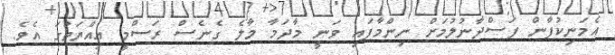
އެމަނިކުފާން ފަސްދާނުލުމަށް ނިންމާފައި ވަނީ މާދަމާ މާލެ ގެނެސް ރަސްމީ އިއްޔަތުގަ އެވެ.